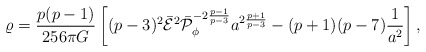
\begin{align*}\varrho={{p(p-1)}\over{256\pi G}}\left[(p-3)^2\bar{\cal E}^2\bar{\cal P}^{-2{{p-1}\over{p-3}}}_{\phi}a^{2{{p+1}\over{p-3}}}-(p+1)(p-7){1\over a^2}\right],\end{align*}